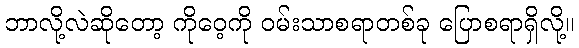
ဘာလို့လဲဆိုတော့ ကိုဝေ့ကို ဝမ်းသာစရာတစ်ခု ပြောစရာရှိလို့။